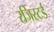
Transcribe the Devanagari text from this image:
रजिस्‍टर्ड